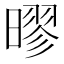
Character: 㬔